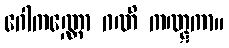
ဂေါကဏ္ဏော ဂဏိ ကဏ္ဋကာ။